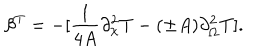
\beta ^ { T } = - [ { \frac { 1 } { 4 A } } \partial _ { \chi } ^ { 2 } T - ( \pm A ) \partial _ { \Omega } ^ { 2 } T ] .